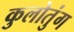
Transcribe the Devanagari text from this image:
कुलोतुंग